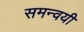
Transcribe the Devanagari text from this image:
समन्वयी